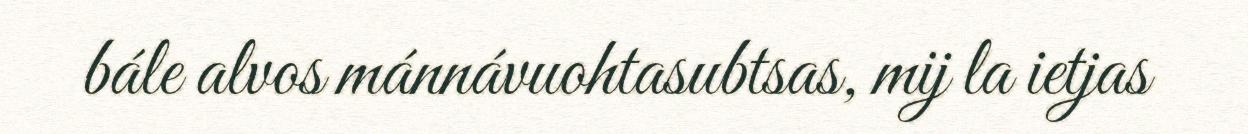
bále alvos mánnávuohtasubtsas, mij la ietjas